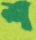
শ